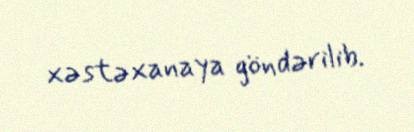
xəstəxanaya göndərilib.